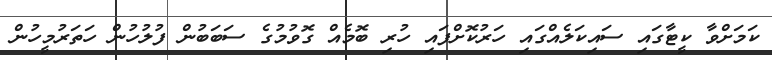
ކަމަށްވާ ކީޓާގައި ސައިކަލެއްގައި ހަރުކޮށްފައި ހުރި ބޮމެއް ގޮވުމުގެ ސަބަބުން ފުލުހުން ހަތަރުމީހުން